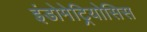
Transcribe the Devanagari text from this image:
इंडोमेट्रियोसिस